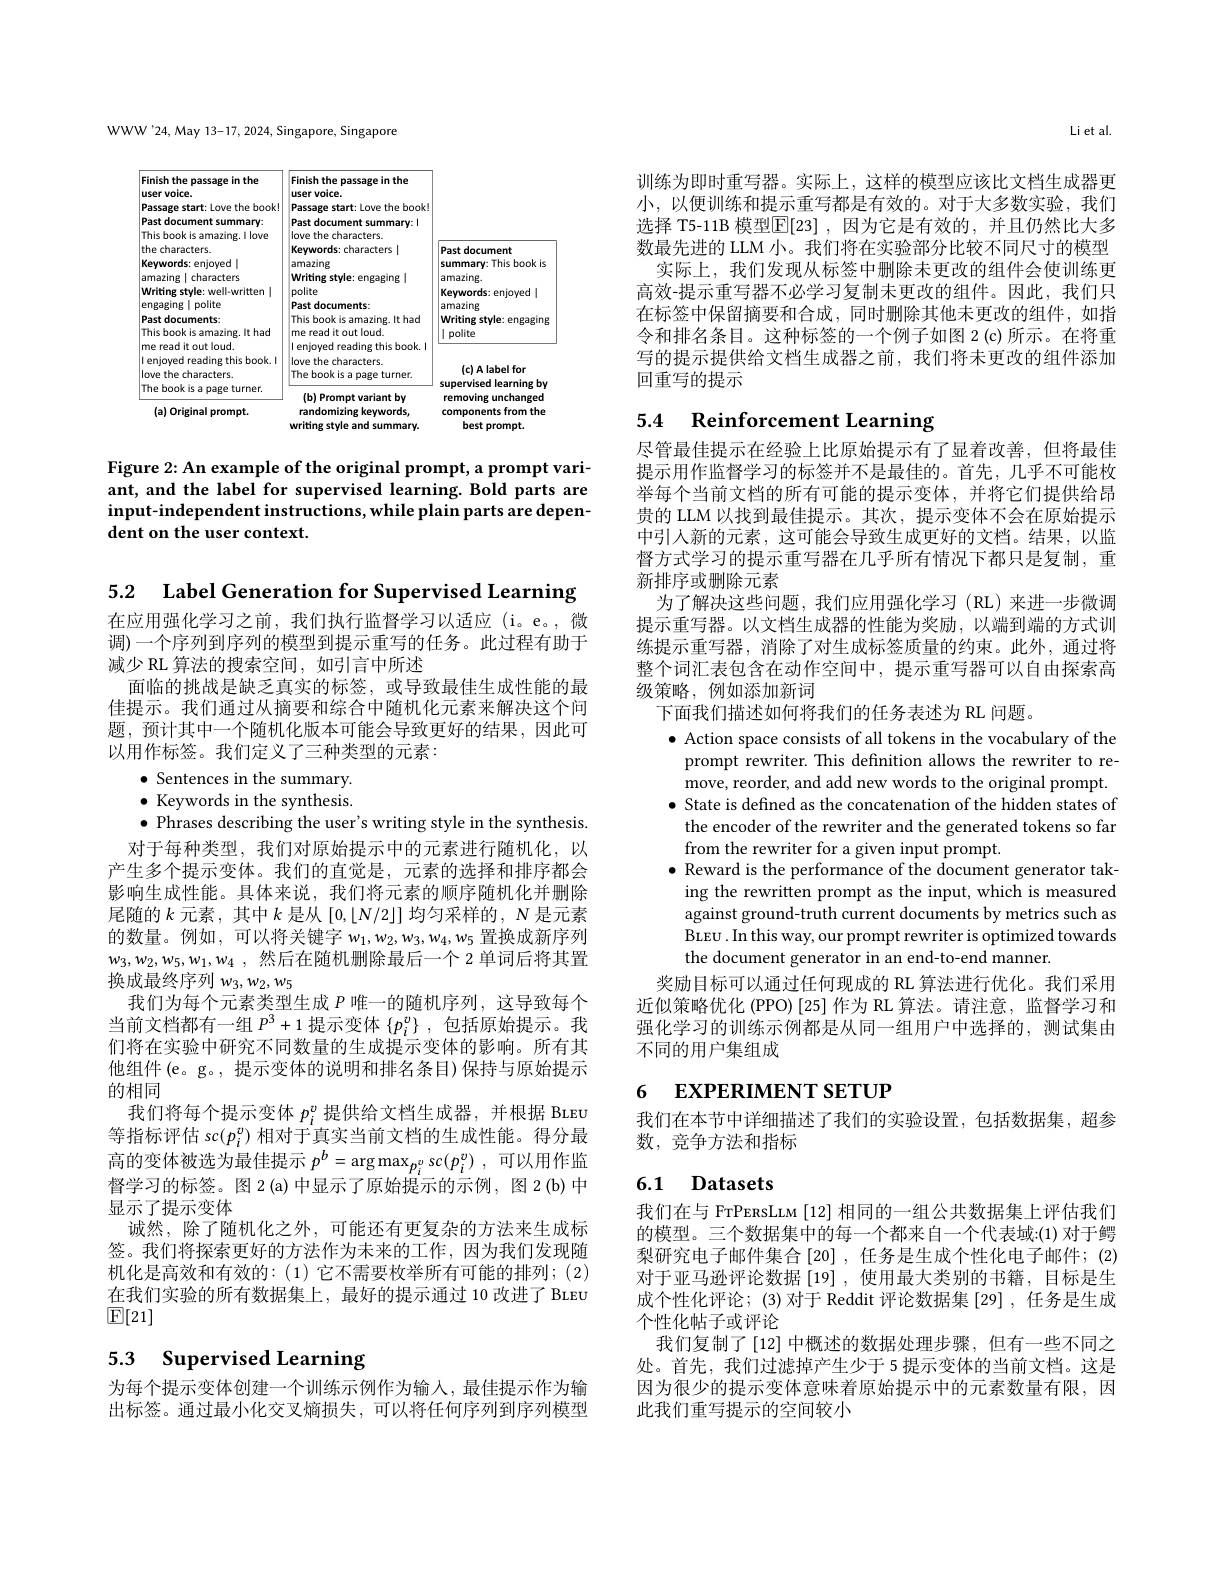
在应用强化学习之前，我们执行监督学习以适应(i。e。,微调)一个序列到序列的模型到提示重写的任务。此过程有助于减少 RL 算法的搜索空间，如引言中所述
面临的挑战是缺乏真实的标签，或导致最佳生成性能的最佳提示。我们通过从摘要和综合中随机化元素来解决这个问题，预计其中一个随机化版本可能会导致更好的结果，因此可以用作标签。我们定义了三种类型的元素：

5.2 Label Generation for Supervised Learning
$\bullet$ Sentences in the summary. $\bullet$ Keywords in the synthesis. $\bullet$ Phrases describing the user's writing style in the synthesis. 对于每种类型，我们对原始提示中的元素进行随机化，以
产生多个提示变体。我们的直觉是，元素的选择和排序都会影响生成性能。具体来说，我们将元素的顺序随机化并删除尾随的$k$元素 , 其中$k$是从$[0,\lfloor N/2\rfloor]$均匀采样的，$N$是元素的数量。例如，可以将关键字$w_1,w_2,w_3,w_4,w_5$置换成新序列$w_3,w_2,w_5,w_1,w_4$,然后在随机删除最后一个 2 单词后将其置换成最终序列$w_3,w_2,w_5$
我们为每个元素类型生成$P$唯一的随机序列，这导致每个当前文档都有一组$P^3+1$提示变体$\{ p_i^v\}$ ,包括原始提示。我们将在实验中研究不同数量的生成提示变体的影响。所有其他组件(e。g。, 提示变体的说明和排名条目)保持与原始提示的相同
我们将每个提示变体$p_i^v$提供给文档生成器，并根据 BLEU 等指标评估 sc$(p_i^v)$相对于真实当前文档的生成性能。得分最高的变体被选为最佳提示$p^b= \arg \max _{p_i^v}\sec ( p_i^v)$ ,可以用作监督学习的标签。图 2(a)中显示了原始提示的示例，图 2(b) 中显示了提示变体
诚然，除了随机化之外，可能还有更复杂的方法来生成标签。我们将探索更好的方法作为未来的工作，因为我们发现随机化是高效和有效的：(1)它不需要枚举所有可能的排列；(2) 在我们实验的所有数据集上，最好的提示通过 10 改进了 BLEU $\mathbb{E}[21]$
5.3 Supervised Learning

为每个提示变体创建一个训练示例作为输入，最佳提示作为输出标签。通过最小化交叉熵损失，可以将任何序列到序列模型

WWW'24, May 13-17, 2024, Singapore, Singapore

<FigureHere>

Figure 2: An example of the original prompt, a prompt variant, and the label for supervised learning. Bold parts are input-independent instructions, while plain parts are dependent on the user context.

Li et al.

训练为即时重写器。实际上，这样的模型应该比文档生成器更小，以便训练和提示重写都是有效的。对于大多数实验，我们选择 T5-11B 模型$\boxed{\mathbb{F}}[23]$,因为它是有效的，并且仍然比大多数最先进的 LLM 小。我们将在实验部分比较不同尺寸的模型
实际上，我们发现从标签中删除未更改的组件会使训练更高效-提示重写器不必学习复制未更改的组件。因此，我们只在标签中保留摘要和合成，同时删除其他未更改的组件，如指令和排名条目。这种标签的一个例子如图 2(c)所示。在将重写的提示提供给文档生成器之前，我们将未更改的组件添加回重写的提示

# 5.4 Reinforcement Learning

尽管最佳提示在经验上比原始提示有了显着改善，但将最佳提示用作监督学习的标签并不是最佳的。首先，几乎不可能枚举每个当前文档的所有可能的提示变体，并将它们提供给昂贵的 LLM 以找到最佳提示。其次，提示变体不会在原始提示中引人新的元素，这可能会导致生成更好的文档。结果，以监督方式学习的提示重写器在几乎所有情况下都只是复制，重新排序或删除元素
为了解决这些问题，我们应用强化学习(RL)来进一步微调提示重写器。以文档生成器的性能为奖励，以端到端的方式训练提示重写器，消除了对生成标签质量的约束。此外，通过将整个词汇表包含在动作空间中，提示重写器可以自由探索高级策略，例如添加新词
下面我们描述如何将我们的任务表述为 RL 问题。
$\bullet$ Action space consists of all tokens in the vocabulary of the prompt rewriter. This definition allows the rewriter to remove, reorder, and add new words to the original prompt. $\bullet$ State is defined as the concatenation of the hidden states of the encoder of the rewriter and the generated tokens so far from the rewriter for a given input prompt.
$\bullet$ Reward is the performance of the document generator tak-
ing the rewritten prompt as the input, which is measured against ground-truth current documents by metrics such as BLEU .In this way, our prompt rewriter is optimized towards the document generator in an end-to-end manner.
奖励目标可以通过任何现成的 RL 算法进行优化。我们采用近似策略优化 (PPO)[25]作为 RL 算法。请注意，监督学习和强化学习的训练示例都是从同一组用户中选择的，测试集由不同的用户集组成

# 6 EXPERIMENT SETUP

我们在本节中详细描述了我们的实验设置，包括数据集，超参
数，竞争方法和指标

## 6.1 Datasets

我们在与 FrPERSLLM [12] 相同的一组公共数据集上评估我们的模型。三个数据集中的每一个都来自一个代表域：(1) 对于鳄梨研究电子邮件集合[20] ,任务是生成个性化电子邮件；(2) 对于亚马逊评论数据[19] ,使用最大类别的书籍，目标是生成个性化评论；(3)对于 Reddit 评论数据集[29] ,任务是生成个性化帖子或评论
我们复制了[12]中概述的数据处理步骤，但有一些不同之处。首先，我们过滤掉产生少于 5 提示变体的当前文档。这是因为很少的提示变体意味着原始提示中的元素数量有限，因此我们重写提示的空间较小